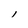
Character: l